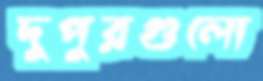
দুপুরগুলো